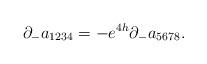
LaTeX: \begin{align*}\partial_{-}a_{1234}=-e^{4h}\partial_{-}a_{5678}.\end{align*}